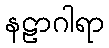
နဠာဂါရာ